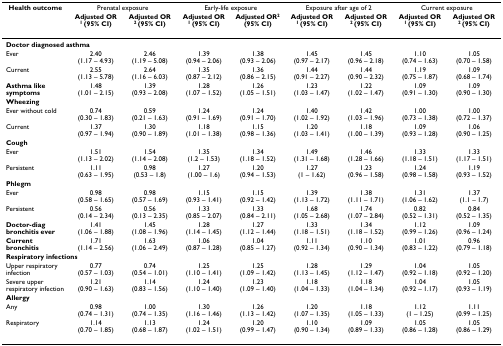
<table><thead><tr><td><b>Health outcome</b></td><td colspan="2"><b>Prenatal exposure</b></td><td colspan="2"><b>Early-life exposure</b></td><td colspan="2"><b>Exposure after age of 2</b></td><td colspan="2"><b>Current exposure</b></td></tr><tr><td>[EMPTY_CELL]</td><td><b>Adjusted OR <sup>1 </sup>(95% CI)</b></td><td><b>Adjusted OR <sup>2 </sup>(95% CI)</b></td><td><b>Adjusted OR <sup>1 </sup>(95% CI)</b></td><td><b>Adjusted OR<sup>2 </sup>(95% CI)</b></td><td><b>Adjusted OR <sup>1 </sup>(95% CI)</b></td><td><b>Adjusted OR <sup>2 </sup>(95% CI)</b></td><td><b>Adjusted OR <sup>1 </sup>(95% CI)</b></td><td><b>Adjusted OR <sup>2 </sup>(95% CI)</b></td></tr></thead><tbody><tr><td colspan="9"><b>Doctor diagnosed asthma</b></td></tr><tr><td>Ever</td><td>2.40(1.17 – 4.93)</td><td>2.46(1.19 – 5.08)</td><td>1.39(0.94 – 2.06)</td><td>1.38(0.93 – 2.06)</td><td>1.45(0.97 – 2.17)</td><td>1.45(0.96 – 2.18)</td><td>1.10(0.74 – 1.63)</td><td>1.05(0.70 – 1.58)</td></tr><tr><td>Current</td><td>2.55(1.13 – 5.78)</td><td>2.64(1.16 – 6.03)</td><td>1.35(0.87 – 2.12)</td><td>1.36(0.86 – 2.15)</td><td>1.44(0.91 – 2.27)</td><td>1.44(0.90 – 2.32)</td><td>1.19(0.75 – 1.87)</td><td>1.09(0.68 – 1.74)</td></tr><tr><td><b>Asthma like symptoms</b></td><td>1.48(1.01 – 2.15)</td><td>1.39(0.93 – 2.08)</td><td>1.28(1.07 – 1.52)</td><td>1.26(1.05 – 1.51)</td><td>1.23(1.03 – 1.47)</td><td>1.22(1.02 – 1.47)</td><td>1.09(0.91 – 1.30)</td><td>1.09(0.90 – 1.30)</td></tr><tr><td colspan="9"><b>Wheezing</b></td></tr><tr><td>Ever without cold</td><td>0.74(0.30 – 1.83)</td><td>0.59(0.21 – 1.63)</td><td>1.24(0.91 – 1.69)</td><td>1.24(0.91 – 1.70)</td><td>1.40(1.02 – 1.92)</td><td>1.42(1.03 – 1.96)</td><td>1.00(0.73 – 1.38)</td><td>1.00(0.72 – 1.37)</td></tr><tr><td>Current</td><td>1.37(0.97 – 1.94)</td><td>1.30(0.90 – 1.89)</td><td>1.18(1.01 – 1.38)</td><td>1.15(0.98 – 1.36)</td><td>1.20(1.03 – 1.41)</td><td>1.18(1.00 – 1.39)</td><td>1.09(0.93 – 1.28)</td><td>1.06(0.90 – 1.25)</td></tr><tr><td colspan="9"><b>Cough</b></td></tr><tr><td>Ever</td><td>1.51(1.13 – 2.02)</td><td>1.54(1.14 – 2.08)</td><td>1.35(1.2 – 1.53)</td><td>1.34(1.18 – 1.52)</td><td>1.49(1.31 – 1.68)</td><td>1.46(1.28 – 1.66)</td><td>1.33(1.18 – 1.51)</td><td>1.33(1.17 – 1.51)</td></tr><tr><td>Persistent</td><td>1.11(0.63 – 1.95)</td><td>0.98(0.53 – 1.8)</td><td>1.27(1.00 – 1.6)</td><td>1.20(0.94 – 1.53)</td><td>1.27(1 – 1.62)</td><td>1.23(0.96 – 1.58)</td><td>1.24(0.98 – 1.58)</td><td>1.19(0.93 – 1.52)</td></tr><tr><td colspan="9"><b>Phlegm</b></td></tr><tr><td>Ever</td><td>0.98(0.58 – 1.65)</td><td>0.98(0.57 – 1.69)</td><td>1.15(0.93 – 1.41)</td><td>1.15(0.92 – 1.42)</td><td>1.39(1.13 – 1.72)</td><td>1.38(1.11 – 1.71)</td><td>1.31(1.06 – 1.62)</td><td>1.37(1.1 – 1.7)</td></tr><tr><td>Persistent</td><td>0.56(0.14 – 2.34)</td><td>0.56(0.13 – 2.35)</td><td>1.33(0.85 – 2.07)</td><td>1.33(0.84 – 2.11)</td><td>1.68(1.05 – 2.68)</td><td>1.74(1.07 – 2.84)</td><td>0.82(0.52 – 1.31)</td><td>0.84(0.52 – 1.35)</td></tr><tr><td><b>Doctor-diag bronchitis ever</b></td><td>1.41(1.06 – 1.88)</td><td>1.45(1.08 – 1.96)</td><td>1.28(1.14 – 1.45)</td><td>1.27(1.12 – 1.44)</td><td>1.33(1.18 – 1.51)</td><td>1.34(1.18 – 1.52)</td><td>1.12(0.99 – 1.26)</td><td>1.09(0.96 – 1.24)</td></tr><tr><td><b>Current bronchitis</b></td><td>1.71(1.14 – 2.56)</td><td>1.63(1.06 – 2.49)</td><td>1.06(0.87 – 1.28)</td><td>1.04(0.85 – 1.27)</td><td>1.11(0.92 – 1.34)</td><td>1.10(0.90 – 1.34)</td><td>1.01(0.83 – 1.22)</td><td>0.96(0.79 – 1.18)</td></tr><tr><td colspan="9"><b>Respiratory infections</b></td></tr><tr><td>Upper respiratory infection</td><td>0.77(0.57 – 1.03)</td><td>0.74(0.54 – 1.01)</td><td>1.25(1.10 – 1.41)</td><td>1.25(1.09 – 1.42)</td><td>1.28(1.13 – 1.45)</td><td>1.29(1.12 – 1.47)</td><td>1.04(0.92 – 1.18)</td><td>1.05(0.92 – 1.20)</td></tr><tr><td>Severe upper respiratory infection</td><td>1.21(0.90 – 1.63)</td><td>1.14(0.83 – 1.56)</td><td>1.24(1.10 – 1.40)</td><td>1.23(1.09 – 1.40)</td><td>1.18(1.04 – 1.33)</td><td>1.18(1.04 – 1.34)</td><td>1.04(0.92 – 1.17)</td><td>1.05(0.93 – 1.19)</td></tr><tr><td colspan="9"><b>Allergy</b></td></tr><tr><td>Any</td><td>0.98(0.74 – 1.31)</td><td>1.00(0.74 – 1.35)</td><td>1.30(1.16 – 1.46)</td><td>1.26(1.13 – 1.42)</td><td>1.20(1.07 – 1.35)</td><td>1.18(1.05 – 1.33)</td><td>1.12(1 – 1.25)</td><td>1.11(0.99 – 1.25)</td></tr><tr><td>Respiratory</td><td>1.14(0.70 – 1.85)</td><td>1.13(0.68 – 1.87)</td><td>1.24(1.02 – 1.51)</td><td>1.20(0.99 – 1.47)</td><td>1.10(0.90 – 1.34)</td><td>1.09(0.89 – 1.33)</td><td>1.05(0.86 – 1.28)</td><td>1.05(0.86 – 1.29)</td></tr></tbody></table>